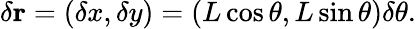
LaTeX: \delta\mathbf{r}=(\delta x,\delta y)=(L\cos\theta,L\sin\theta)\delta\theta.